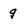
Character: g